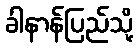
ခါနာန်ပြည်သို့